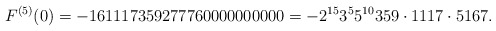
\begin{align*}F^{(5)}(0)=-161117359277760000000000=-2^{15}3^{5}5^{10}359\cdot 1117\cdot 5167.\end{align*}